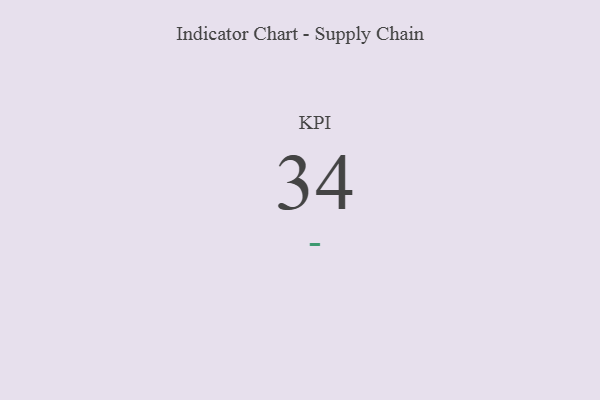
{"axis": {"x": "KPI", "y": "Value"}, "legend": [""], "data": [{"x": "KPI", "y": 34, "type": ""}]}